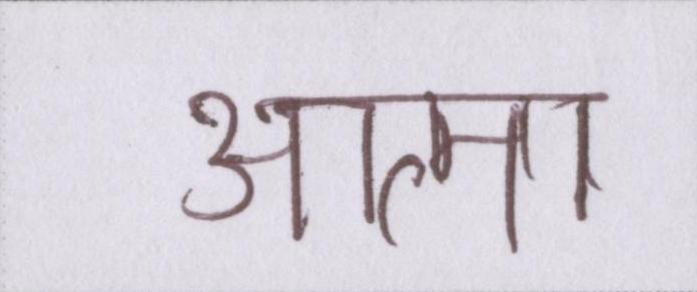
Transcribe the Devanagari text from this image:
आत्मा